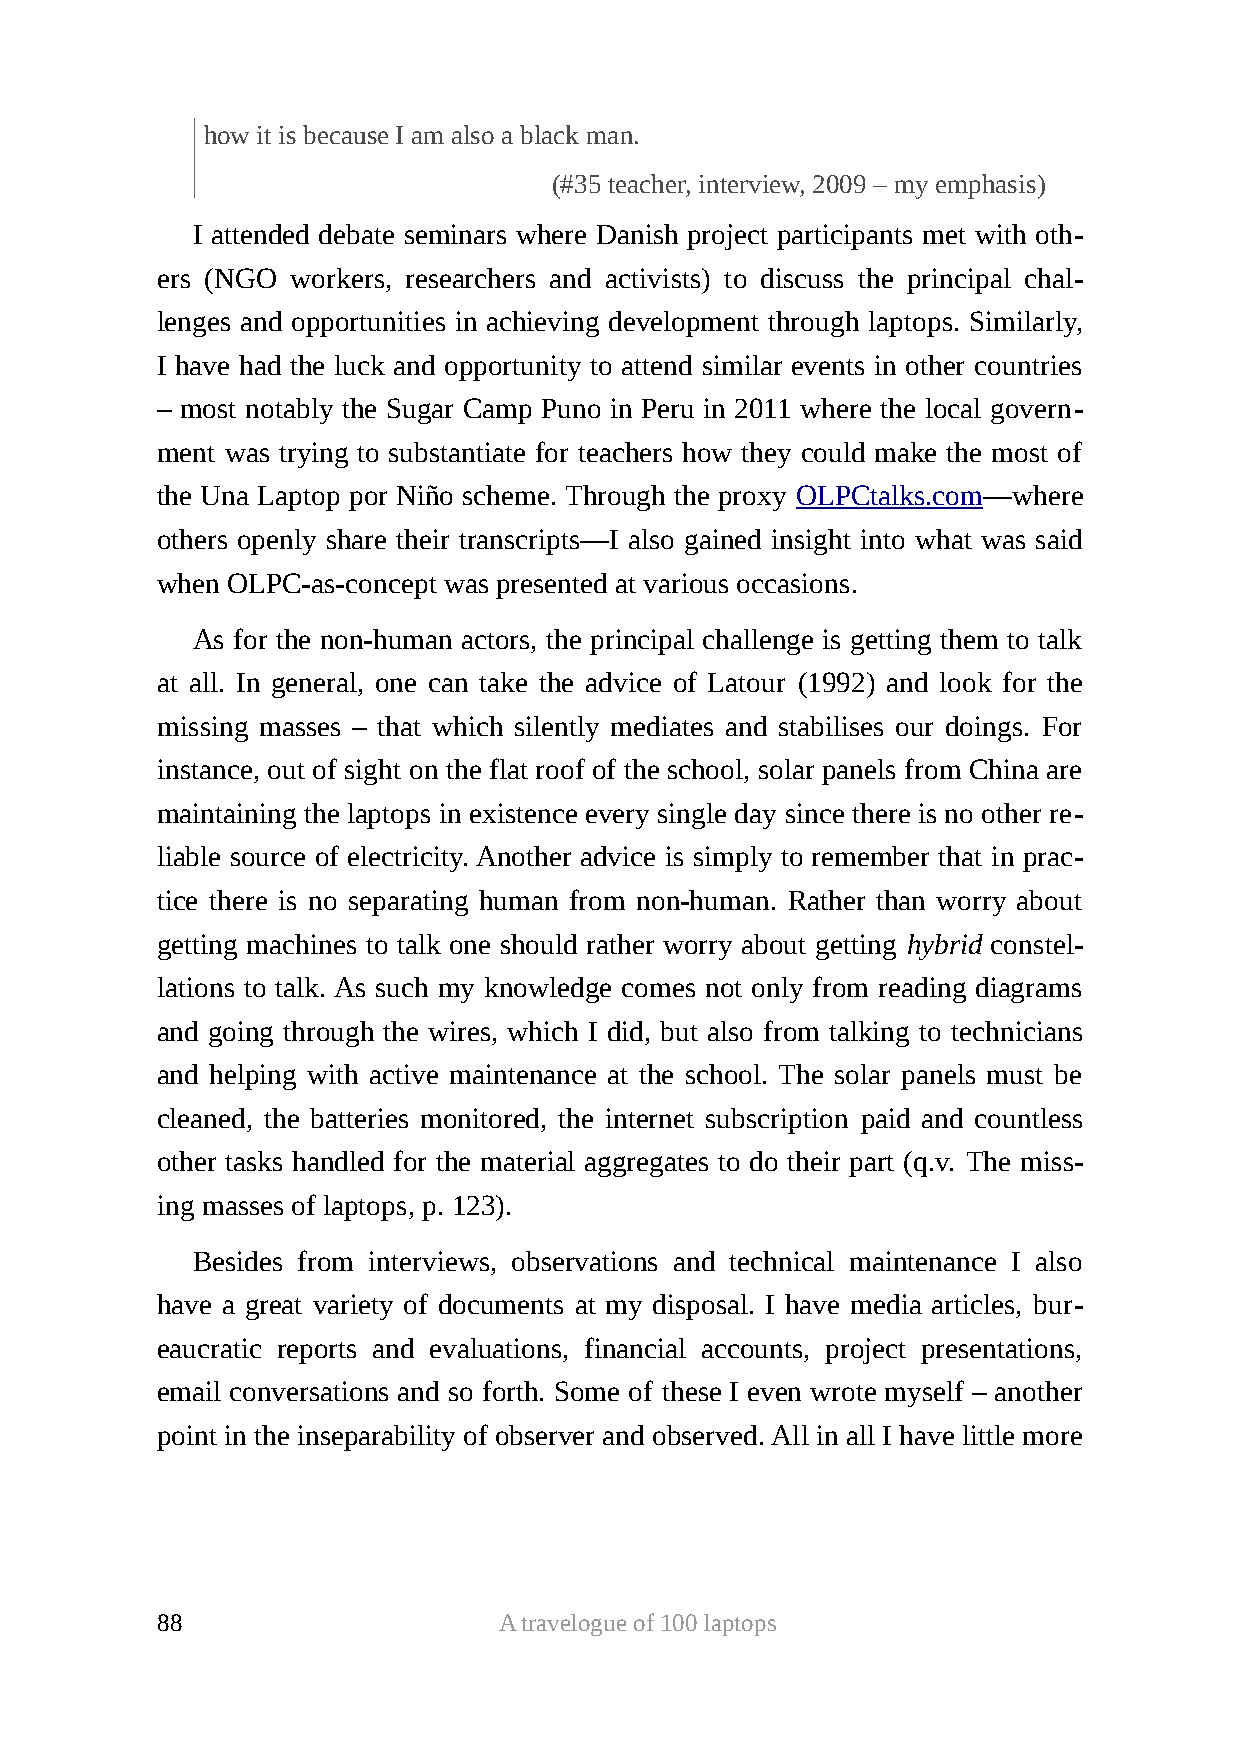
how it is because I am also a black man.
 (#35 teacher, interview, 2009 – my emphasis)
 I attended debate seminars where Danish project participants met with oth-
 ers (NGO workers, researchers and activists) to discuss the principal chal-
 lenges and opportunities in achieving development through laptops. Similarly,
 I have had the luck and opportunity to attend similar events in other countries
 – most notably the Sugar Camp Puno in Peru in 2011 where the local govern-
 ment was trying to substantiate for teachers how they could make the most of
 the Una Laptop por Niño scheme. Through the proxy OLPCtalks.com—where
 others openly share their transcripts—I also gained insight into what was said
 when OLPC-as-concept was presented at various occasions.
 As for the non-human actors, the principal challenge is getting them to talk
 at all. In general, one can take the advice of Latour (1992) and look for the
 missing masses – that which silently mediates and stabilises our doings. For
 instance, out of sight on the flat roof of the school, solar panels from China are
 maintaining the laptops in existence every single day since there is no other re-
 liable source of electricity. Another advice is simply to remember that in prac-
 tice there is no separating human from non-human. Rather than worry about
 getting machines to talk one should rather worry about getting hybrid constel-
 lations to talk. As such my knowledge comes not only from reading diagrams
 and going through the wires, which I did, but also from talking to technicians
 and helping with active maintenance at the school. The solar panels must be
 cleaned, the batteries monitored, the internet subscription paid and countless
 other tasks handled for the material aggregates to do their part (q.v. The miss-
 ing masses of laptops, p. 123).
 Besides from interviews, observations and technical maintenance I also
 have a great variety of documents at my disposal. I have media articles, bur-
 eaucratic reports and evaluations, financial accounts, project presentations,
 email conversations and so forth. Some of these I even wrote myself – another
 point in the inseparability of observer and observed. All in all I have little more
 88                     A travelogue of 100 laptops